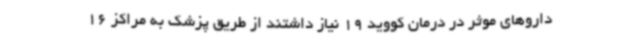
داروهای موثر در درمان کووید 19 نیاز داشتند از طریق پزشک به مراکز 16